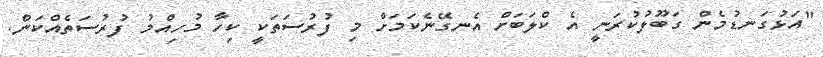
"އަޅުގަނޑުމެން ގަބޫލުކުރަނީ އެ ކްލަބަށް އެނގޭނެކަމަށް މި ފުރުސަތަކީ ކިހާ މުހިއްމު ފުރުސަތެއްކަން.